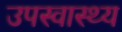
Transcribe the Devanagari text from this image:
उपस्‍वास्‍थ्‍य